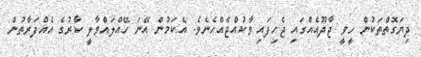
ދިޔަގޮތްތަކުން ހީވީ ޖާދޫއެއްގައި ޖެހިފައި ވާކުއްޖެއްހެނެވެ. އެކަމުން އޭނަ ހޭއްލައްވާލީ ކާރުގެ އެއްފަރާތުން